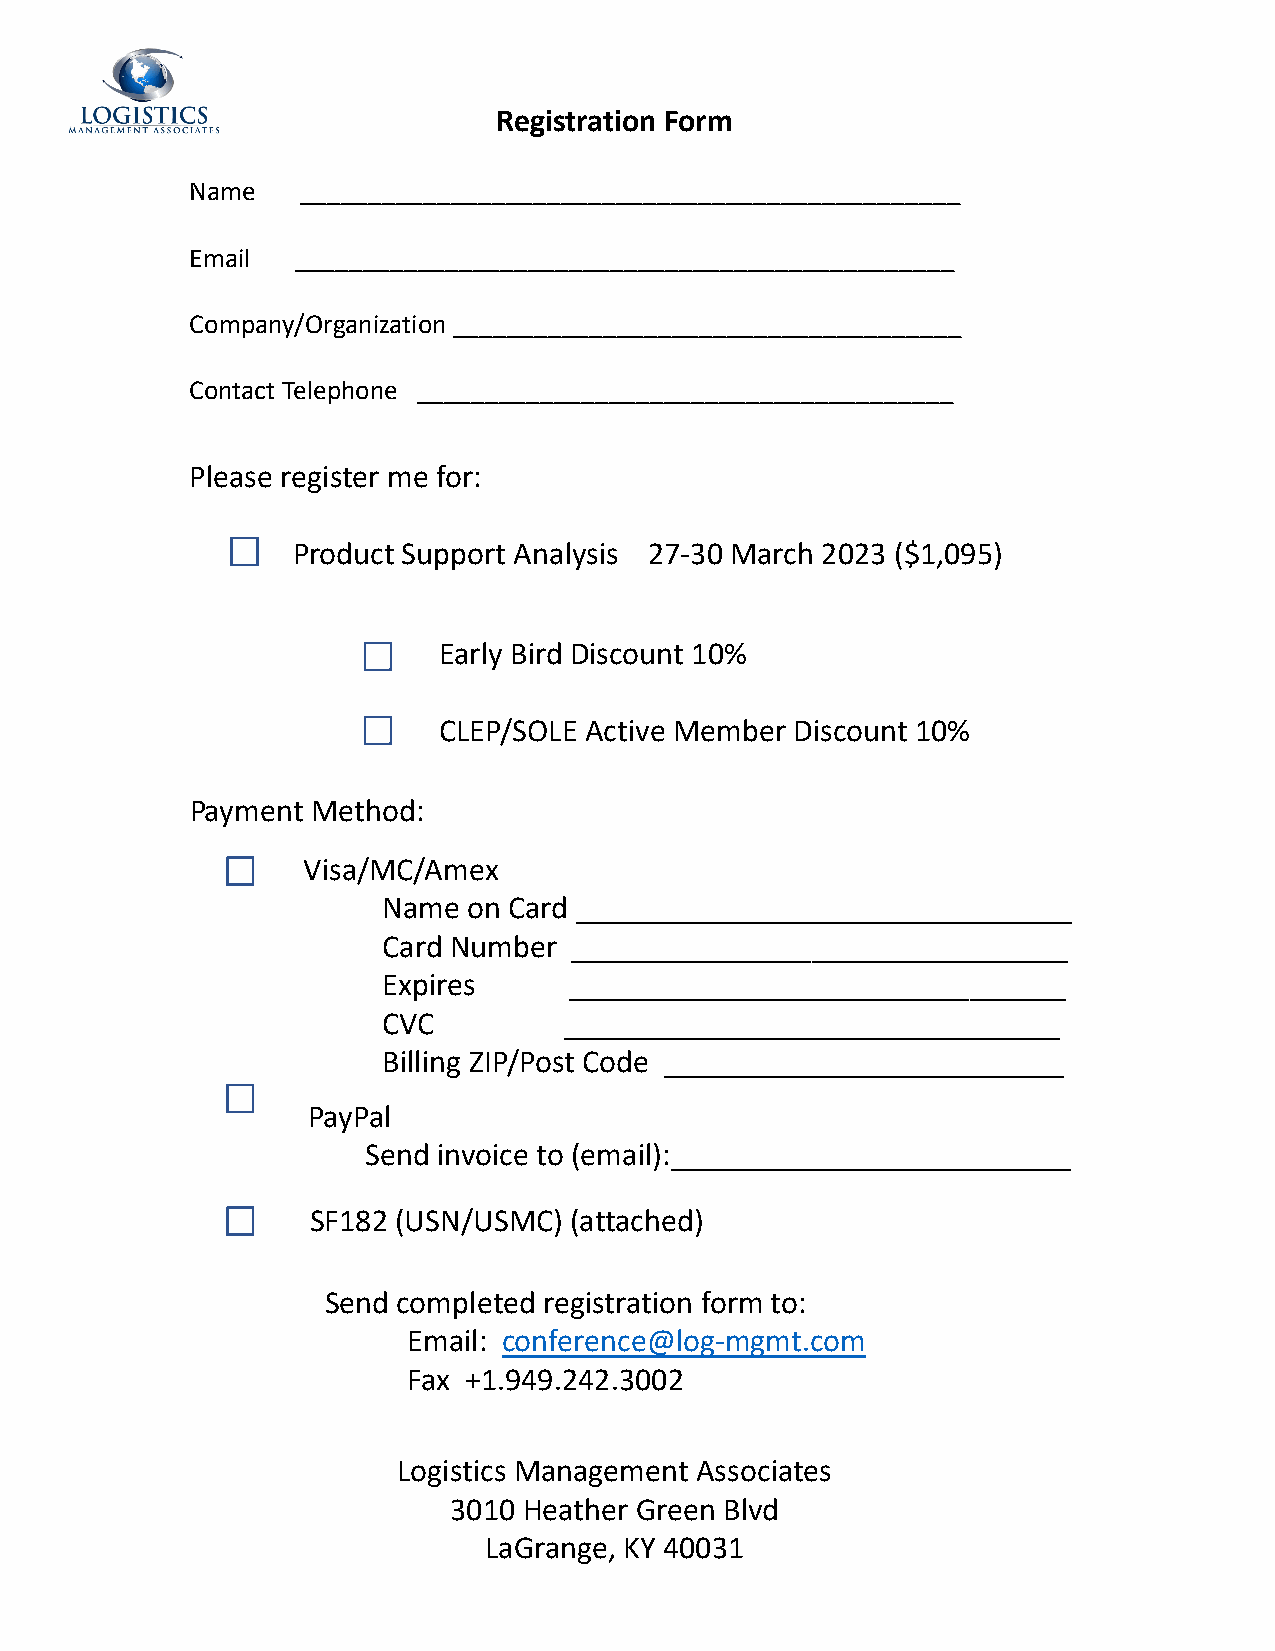
Registration Form
 Name   ________________________________________________
 Email  ________________________________________________
 Company/Organization _____________________________________
 Contact Telephone _______________________________________
 Please register me for:
 Product Support Analysis 27‐30 March 2023 ($1,095)
 Early Bird Discount 10%
 CLEP/SOLE Active Member Discount 10%
 Payment Method:
 Visa/MC/Amex
 Name  on Card _______________________________
 Card Number  _______________________________
 Expires      _______________________________
 CVC         _______________________________
 Billing ZIP/Post Code _________________________
 PayPal
 Send invoice to (email):_________________________
 SF182 (USN/USMC)  (attached)
 Send completed registration form to:
 Email: conference@log‐mgmt.com
 Fax +1.949.242.3002
 Logistics Management Associates
 3010 Heather Green Blvd
 LaGrange, KY 40031